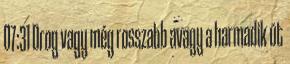
07:31 Drog vagy még rosszabb avagy a harmadik út